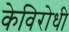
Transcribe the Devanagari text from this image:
केविरोधी